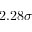
2 . 2 8 \sigma